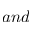
a n d